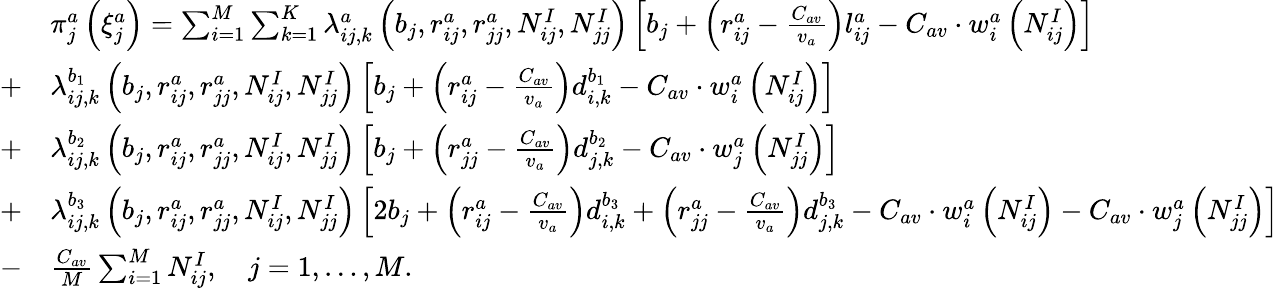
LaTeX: \begin{array}{rl}&{\pi_{j}^{a}\left(\xi_{j}^{a}\right)=\sum_{i=1}^{M}\sum_{k=1}^{K}\lambda_{ij,k}^{a}\left(b_{j},r_{ij}^{a},r_{jj}^{a},N_{ij}^{I},N_{jj}^{I}\right)\left[b_{j}+\left(r_{ij}^{a}-\frac{C_{av}}{v_{a}}\right)l_{ij}^{a}-C_{av}\cdot w_{i}^{a}\left(N_{ij}^{I}\right)\right]}\\ {+}&{\lambda_{ij,k}^{b_{1}}\left(b_{j},r_{ij}^{a},r_{jj}^{a},N_{ij}^{I},N_{jj}^{I}\right)\left[b_{j}+\left(r_{ij}^{a}-\frac{C_{av}}{v_{a}}\right)d_{i,k}^{b_{1}}-C_{av}\cdot w_{i}^{a}\left(N_{ij}^{I}\right)\right]}\\ {+}&{\lambda_{ij,k}^{b_{2}}\left(b_{j},r_{ij}^{a},r_{jj}^{a},N_{ij}^{I},N_{jj}^{I}\right)\left[b_{j}+\left(r_{jj}^{a}-\frac{C_{av}}{v_{a}}\right)d_{j,k}^{b_{2}}-C_{av}\cdot w_{j}^{a}\left(N_{jj}^{I}\right)\right]}\\ {+}&{\lambda_{ij,k}^{b_{3}}\left(b_{j},r_{ij}^{a},r_{jj}^{a},N_{ij}^{I},N_{jj}^{I}\right)\left[2b_{j}+\left(r_{ij}^{a}-\frac{C_{av}}{v_{a}}\right)d_{i,k}^{b_{3}}+\left(r_{jj}^{a}-\frac{C_{av}}{v_{a}}\right)d_{j,k}^{b_{3}}-C_{av}\cdot w_{i}^{a}\left(N_{ij}^{I}\right)-C_{av}\cdot w_{j}^{a}\left(N_{jj}^{I}\right)\right]}\\ {-}&{\frac{C_{av}}{M}\sum_{i=1}^{M}N_{ij}^{I},\quad j=1,\dots,M.}\end{array}